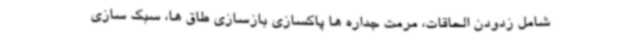
شامل زدودن الحاقات، مرمت جداره ها پاکسازی بازسازی طاق ها، سبک سازی